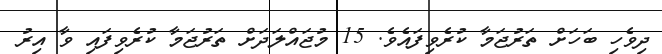
ދިވެހި ބަހަށް ތަރުޖަމާ ކުރެވިފައެވެ. 15 މުޖައްލަދަށް ތަރުޖަމާ ކުރެވިފައި ވާ އިރު